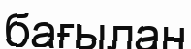
бағылан